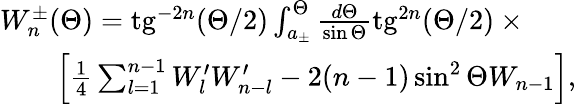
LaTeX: \begin{array}{l}{{W_{n}^{\pm}(\Theta)=\mathrm{tg}^{-2n}(\Theta/2)\int_{a_{\pm}}^{\Theta}\frac{d\Theta}{\sin\Theta}\mathrm{tg}^{2n}(\Theta/2)\times{}\qquad{}}}\\ {{\qquad\left[\frac 14\sum_{l=1}^{n-1}W_{l}^{\prime}W_{n-l}^{\prime}-2(n-1)\sin^{2}\Theta W_{n-1}\right],}}\end{array}